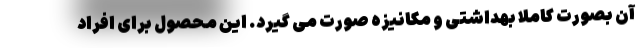
آن بصورت کاملا بهداشتی و مکانیزه صورت می گیرد. این محصول برای افراد